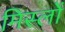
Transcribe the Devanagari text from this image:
मिस्लों